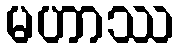
မဟာဿ